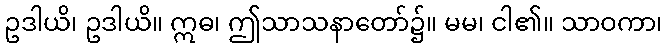
ဥဒါယိ၊ ဥဒါယိ။ ဣဓ၊ ဤသာသနာတော်၌။ မမ၊ ငါ၏။ သာဝကာ၊